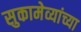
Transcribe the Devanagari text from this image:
सुकामेव्यांच्या